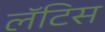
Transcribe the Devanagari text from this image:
लॅटिस